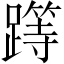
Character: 𨅸